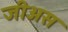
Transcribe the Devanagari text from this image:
जीअस